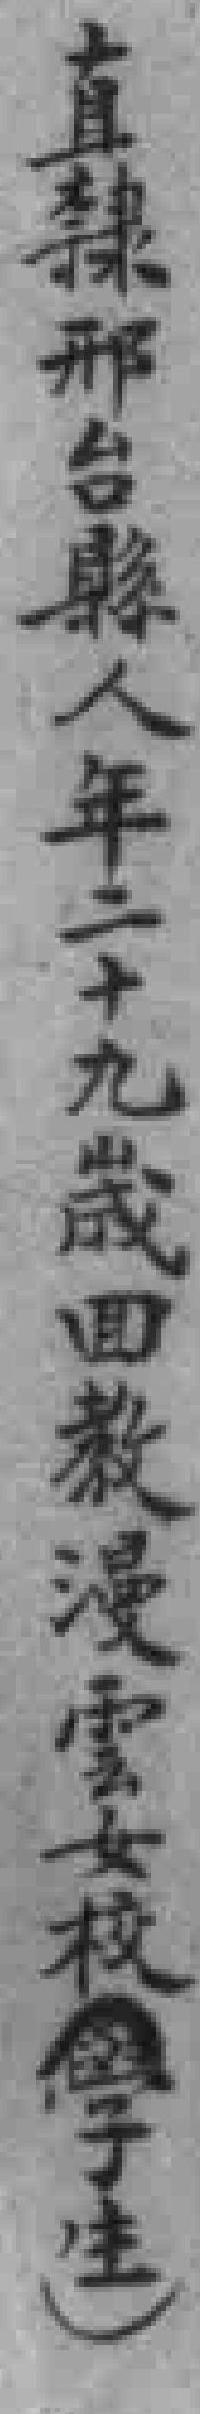
直隸邢台縣人年二十九歲囬教漫雲女校（學生）